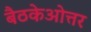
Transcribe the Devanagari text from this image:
बैठकेओत्तर